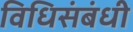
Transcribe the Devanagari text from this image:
विधिसंबंधी